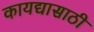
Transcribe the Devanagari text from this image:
कायद्यासाठी